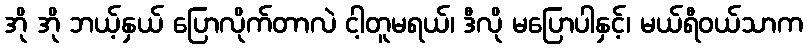
အို အို ဘယ့်နှယ် ပြောလိုက်တာလဲ ငါ့တူမရယ်၊ ဒီလို မပြောပါနှင့်၊ မယ်ရီဝယ်သာက